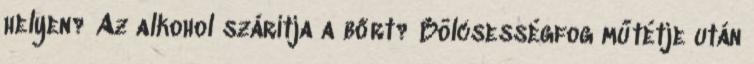
helyen? Az alkohol szárítja a bőrt? Bölcsességfog műtétje után